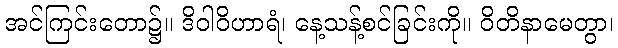
အင်ကြင်းတော၌။ ဒိဝါဝိဟာရံ၊ နေ့သန့်စင်ခြင်းကို။ ဝိတိနာမေတွာ၊